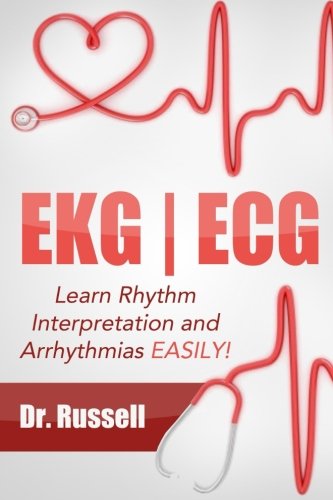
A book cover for EKG | ECG (Learn Rhythm Interpretation and Arrhythmias EASILY!): BONUS - Causes, Symptoms, Nursing Interventions and Medical Treatments!; Dr. Russell; Medical Books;